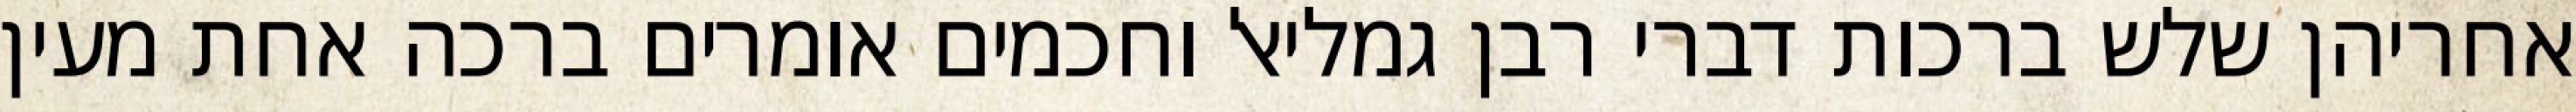
אחריהן שלש ברכות דברי רבן גמליאל וחכמים אומרים ברכה אחת מעין